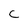
Character: C